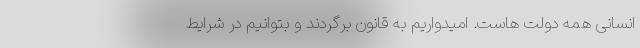
انسانی همه دولت هاست. امیدواریم به قانون برگردند و بتوانیم در شرایط